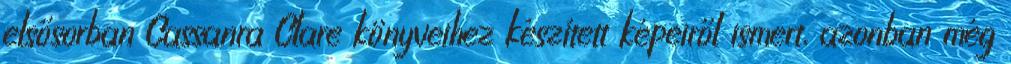
elsősorban Cassanra Clare könyveihez készített képeiről ismert, azonban még